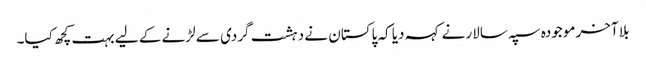
بلا آخر موجودہ سپہ سالار نے کہہ دیا کہ پاکستان نے دہشت گردی سے لڑنے کے لیے بہت کچھ کیا۔